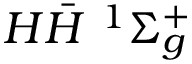
{ H } \bar { H } \ ^ { 1 } { \Sigma _ { g } ^ { + } }